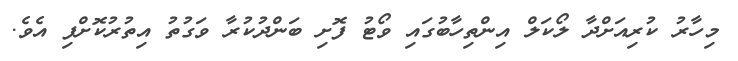
މިހާރު ކުރިއަށްދާ ލޯކަލް އިންތިހާބުގައި ވޯޓު ފޮށި ބަންދުކުރާ ވަގުތު އިތުރުކޮށްފި އެވެ.